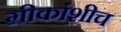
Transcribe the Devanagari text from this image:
ग्रीकांशीच